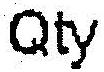
QTY